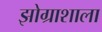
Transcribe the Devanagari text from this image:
झोग्राशाला